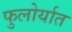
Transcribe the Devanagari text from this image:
फुलोर्यात